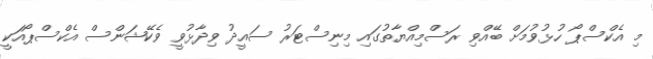
މި އެކްސްޕޯ ހުޅުވުމަށް ބޭއްވި ރަސްމިއްޔާތުގައި މިނިސްޓަރު ސައީދު ވިދާޅުވީ ވެކޭޝަންސް އެކްސްޕޯއަކީ